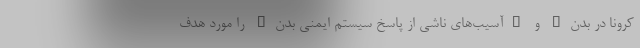
کرونا در بدن" و "آسیب‌های ناشی از پاسخ سیستم ایمنی بدن" را مورد هدف